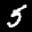
Digit: 5